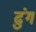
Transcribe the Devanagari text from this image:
ढुंग